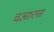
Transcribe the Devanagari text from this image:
चअरुलस